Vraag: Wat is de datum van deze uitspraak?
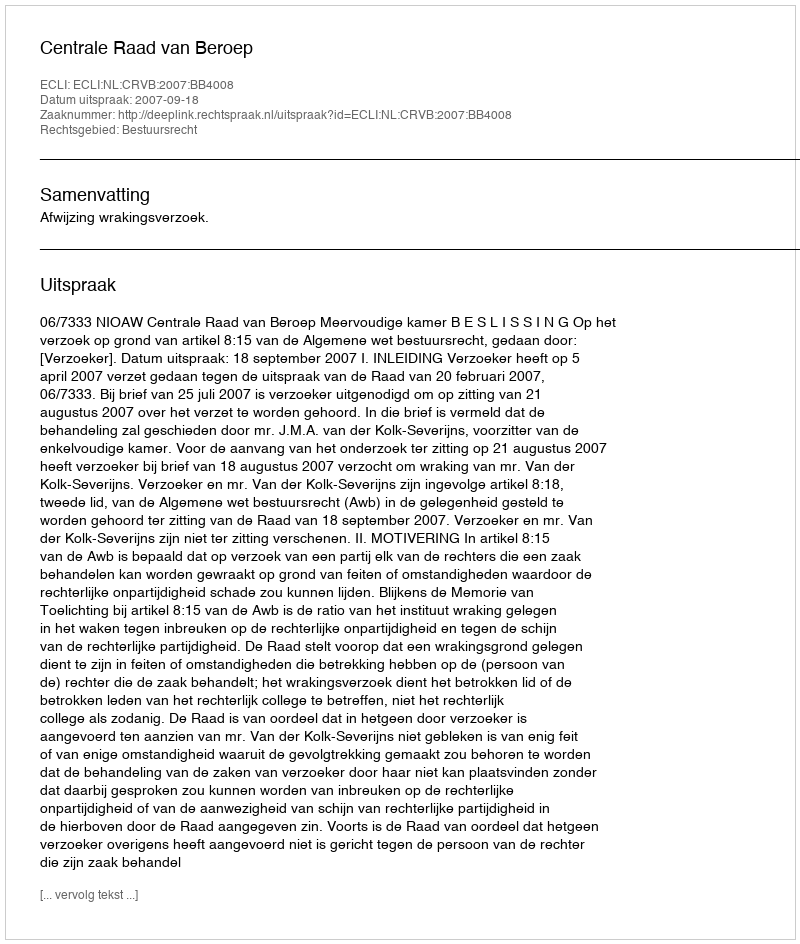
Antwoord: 2007-09-18